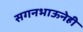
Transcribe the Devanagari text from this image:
सगनभाऊनेही